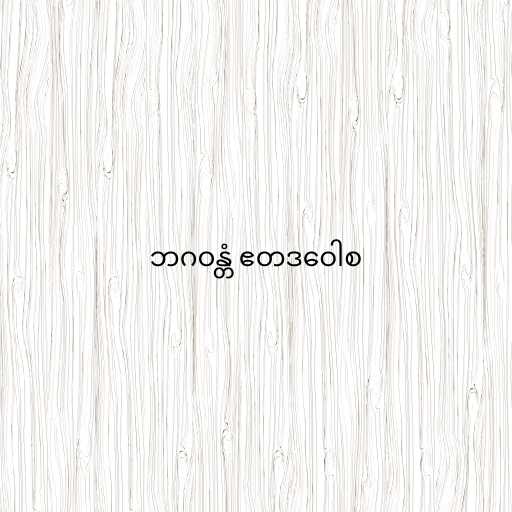
ဘဂဝန္တံ ဧတဒဝေါစ